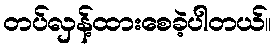
တပ်လှန့်ထားစေခဲ့ပါတယ်။